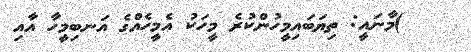
)މާނައީ: ތިޔަބައިމީހުންކުރެ މީހަކު އެމީހެއްގެ އަނބިމީހާ އާއި